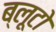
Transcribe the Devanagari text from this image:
ब्लूटो